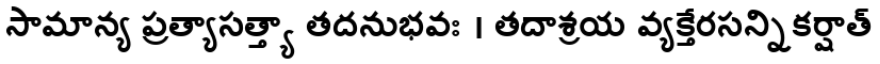
సామాన్య ప్రత్యాసత్త్యా తదనుభవః । తదాశ్రయ వ్యక్తేరసన్నికర్షాత్